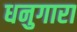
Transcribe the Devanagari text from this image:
धनुगारा